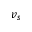
v _ { s }